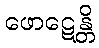
ဖောဋေန္တိ